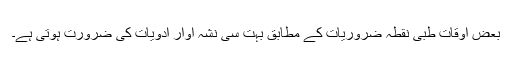
بعض اوقات طبی نقطہ ضروریات کے مطابق بہت سی نشہ آوار ادویات کی ضرورت ہوتی ہے۔